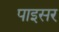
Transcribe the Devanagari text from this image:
पाइसर